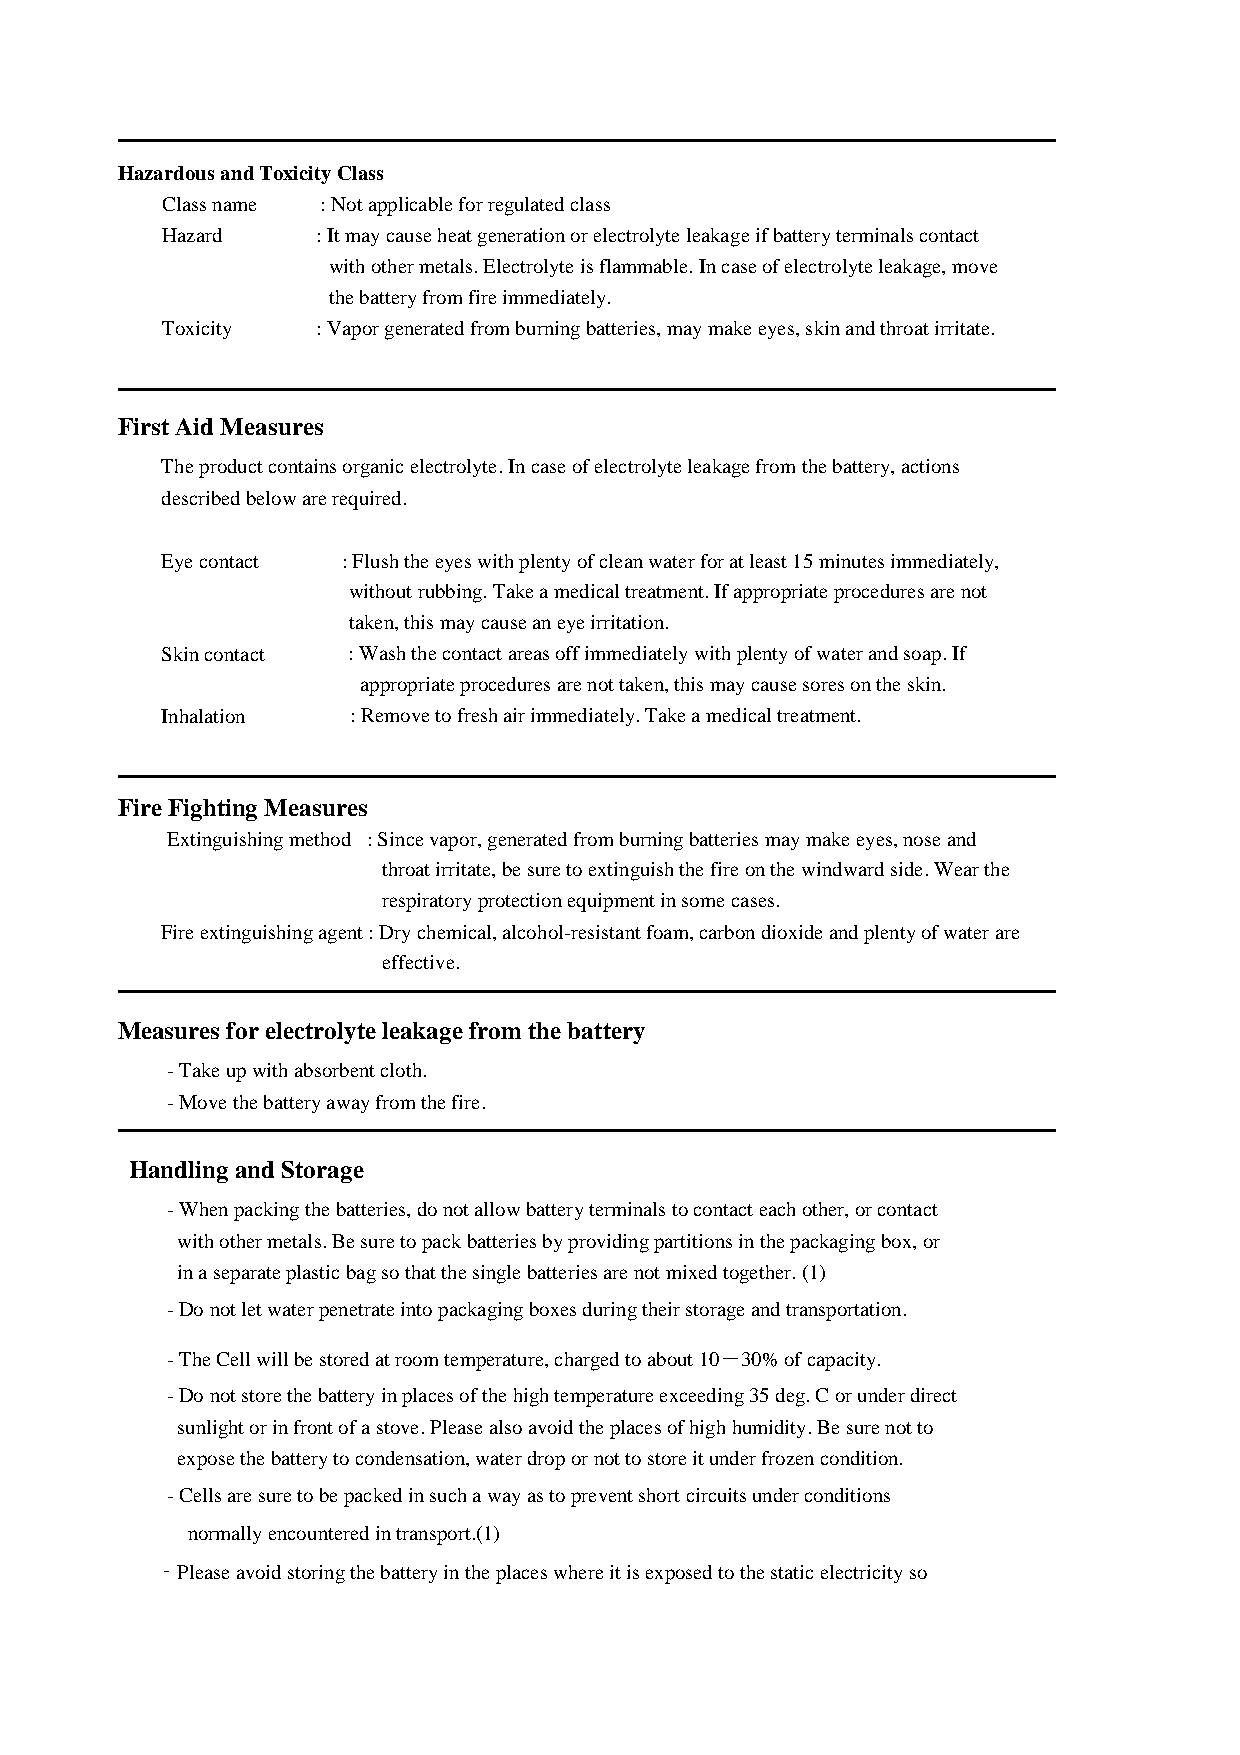
━━━━━━━━━━━━━━━━━━━━━━━━━━━━━━━━━━━━━━━━━━━━━
 Hazardous and Toxicity Class
 Class name : Not applicable for regulated class
 Hazard    : It may cause heat generation or electrolyte leakage if battery terminals contact
 with other metals. Electrolyte is flammable. In case of electrolyte leakage, move
 the battery from fire immediately.
 Toxicity  : Vapor generated from burning batteries, may make eyes, skin and throat irritate.
 ━━━━━━━━━━━━━━━━━━━━━━━━━━━━━━━━━━━━━━━━━━━━━
 First Aid Measures
 The product contains organic electrolyte. In case of electrolyte leakage from the battery, actions
 described below are required.
 Eye contact : Flush the eyes with plenty of clean water for at least 15 minutes immediately,
 without rubbing. Take a medical treatment. If appropriate procedures are not
 taken, this may cause an eye irritation.
 Skin contact : Wash the contact areas off immediately with plenty of water and soap. If
 appropriate procedures are not taken, this may cause sores on the skin.
 Inhalation  : Remove to fresh air immediately. Take a medical treatment.
 ━━━━━━━━━━━━━━━━━━━━━━━━━━━━━━━━━━━━━━━━━━━━━
 Fire Fighting Measures
 Extinguishing method : Since vapor, generated from burning batteries may make eyes, nose and
 throat irritate, be sure to extinguish the fire on the windward side. Wear the
 respiratory protection equipment in some cases.
 Fire extinguishing agent : Dry chemical, alcohol-resistant foam, carbon dioxide and plenty of water are
 effective.
 ━━━━━━━━━━━━━━━━━━━━━━━━━━━━━━━━━━━━━━━━━━━━━
 Measures for electrolyte leakage from the battery
 - Take up with absorbent cloth.
 - Move the battery away from the fire.
 ━━━━━━━━━━━━━━━━━━━━━━━━━━━━━━━━━━━━━━━━━━━━━
 Handling and Storage
 - When packing the batteries, do not allow battery terminals to contact each other, or contact
 with other metals. Be sure to pack batteries by providing partitions in the packaging box, or
 in a separate plastic bag so that the single batteries are not mixed together. (1)
 - Do not let water penetrate into packaging boxes during their storage and transportation.
 - The Cell will be stored at room temperature, charged to about 10－30% of capacity.
 - Do not store the battery in places of the high temperature exceeding 35 deg. C or under direct
 sunlight or in front of a stove. Please also avoid the places of high humidity. Be sure not to
 expose the battery to condensation, water drop or not to store it under frozen condition.
 - Cells are sure to be packed in such a way as to prevent short circuits under conditions
 normally encountered in transport.(1)
 ‐Please avoid storing the battery in the places where it is exposed to the static electricity so